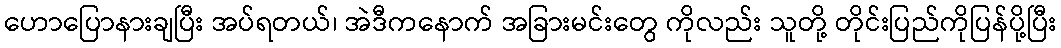
ဟောပြောနားချပြီး အပ်ရတယ်၊ အဲဒီကနောက် အခြားမင်းတွေ ကိုလည်း သူတို့ တိုင်းပြည်ကိုပြန်ပို့ပြီး